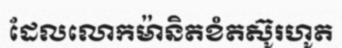
ដែលលោកម៉ានិតខំតស៊ូរហូត